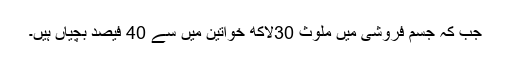
جب کہ جسم فروشی میں ملوث 30لاکھ خواتین میں سے 40 فیصد بچیاں ہیں۔